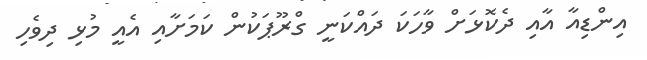
އިންޑިއާ އާއި ދެކޮޅަށް ވާހަކަ ދައްކަނީ ގްރޫޕަކުން ކަމަށާއި އެއީ މުޅި ދިވެހި